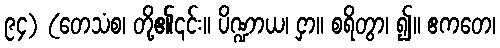
၉၄) (တေသံစ၊ တို့၏၎င်း။ ပိဏ္ဍာယ၊ ငှာ။ စရိတွာ၊ ၍။ ဧကတေ၊